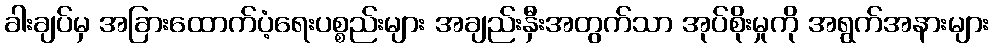
ခါးချပ်မှ အခြားထောက်ပံ့ရေးပစ္စည်းများ အချည်းနှီးအတွက်သာ အုပ်စိုးမှုကို အရွက်အနားများ